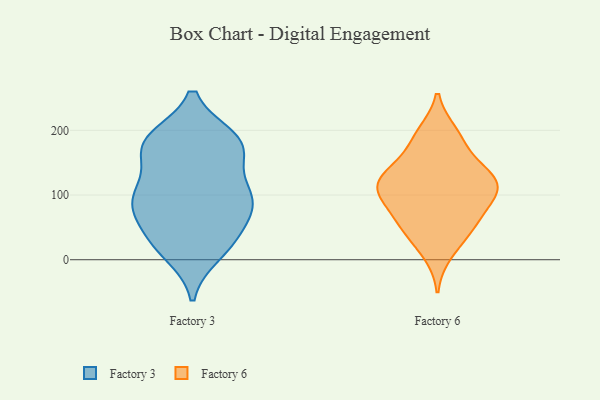
{"axis": {"x": "Backlog", "y": "Value"}, "legend": ["Factory 3", "Factory 6"], "data": [{"x": "", "y": 183, "type": "Factory 3"}, {"x": "", "y": 179, "type": "Factory 3"}, {"x": "", "y": 175, "type": "Factory 3"}, {"x": "", "y": 11, "type": "Factory 3"}, {"x": "", "y": 31, "type": "Factory 3"}, {"x": "", "y": 94, "type": "Factory 3"}, {"x": "", "y": 27, "type": "Factory 3"}, {"x": "", "y": 84, "type": "Factory 3"}, {"x": "", "y": 72, "type": "Factory 3"}, {"x": "", "y": 87, "type": "Factory 3"}, {"x": "", "y": 29, "type": "Factory 3"}, {"x": "", "y": 186, "type": "Factory 3"}, {"x": "", "y": 107, "type": "Factory 3"}, {"x": "", "y": 170, "type": "Factory 3"}, {"x": "", "y": 175, "type": "Factory 3"}, {"x": "", "y": 109, "type": "Factory 3"}, {"x": "", "y": 93, "type": "Factory 3"}, {"x": "", "y": 136, "type": "Factory 6"}, {"x": "", "y": 135, "type": "Factory 6"}, {"x": "", "y": 120, "type": "Factory 6"}, {"x": "", "y": 36, "type": "Factory 6"}, {"x": "", "y": 99, "type": "Factory 6"}, {"x": "", "y": 11, "type": "Factory 6"}, {"x": "", "y": 103, "type": "Factory 6"}, {"x": "", "y": 113, "type": "Factory 6"}, {"x": "", "y": 195, "type": "Factory 6"}, {"x": "", "y": 181, "type": "Factory 6"}, {"x": "", "y": 112, "type": "Factory 6"}, {"x": "", "y": 189, "type": "Factory 6"}, {"x": "", "y": 135, "type": "Factory 6"}, {"x": "", "y": 52, "type": "Factory 6"}, {"x": "", "y": 57, "type": "Factory 6"}, {"x": "", "y": 80, "type": "Factory 6"}, {"x": "", "y": 62, "type": "Factory 6"}, {"x": "", "y": 115, "type": "Factory 6"}]}